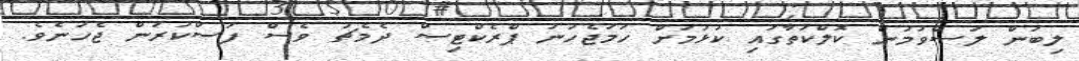
ލިބުން ލަސްވުމުން ކޮލްކަތާގައި ކުޅުމަށް ހަމަޖެހުނު ޕްރެކްޓިސް ދެމެޗު ވެސް ފަސްކުރަން ޖެހުނެވެ.